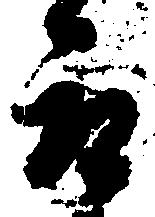
取